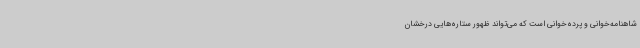
شاهنامه‌خوانی و پرده‌خوانی است که می‌تواند ظهور ستاره‌هایی درخشان